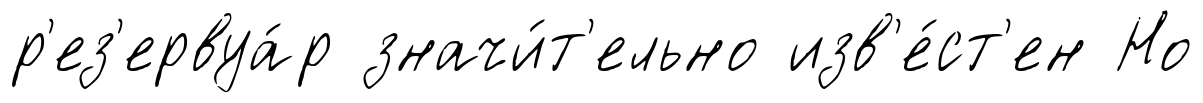
р'ез'ервуа́р значи́т'ельно изв'е́ст'ен Но